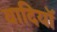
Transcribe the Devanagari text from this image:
वादियॉ